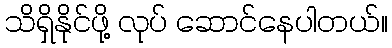
သိရှိနိုင်ဖို့ လုပ် ဆောင်နေပါတယ်။